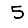
Digit: 5